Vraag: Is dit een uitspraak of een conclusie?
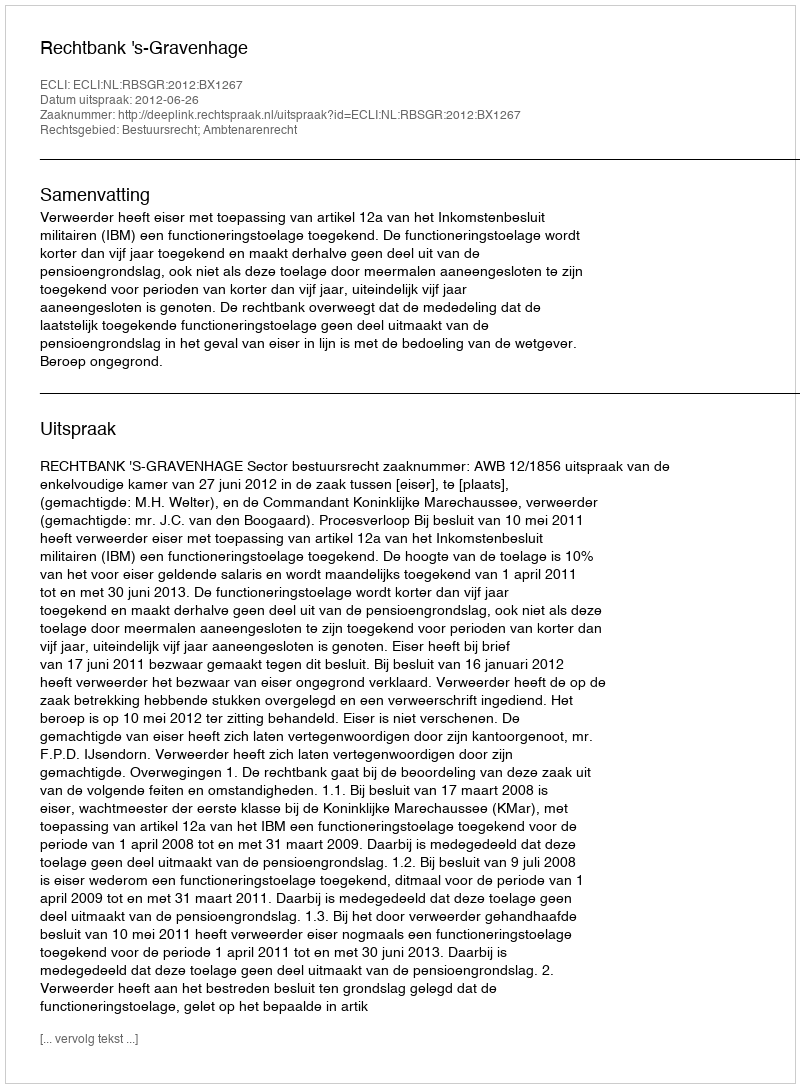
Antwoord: Uitspraak